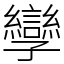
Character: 孿